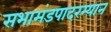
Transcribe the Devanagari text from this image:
सभामंडपादरम्यान